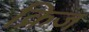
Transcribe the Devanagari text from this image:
क्रिज